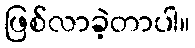
ဖြစ်လာခဲ့တာပါ။